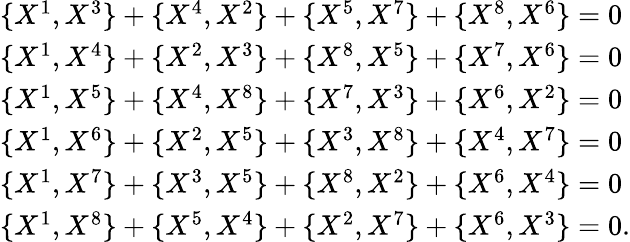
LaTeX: \begin{array}{lcr}{{\{ X^{1},X^{3}\} +\{ X^{4},X^{2}\} +\{ X^{5},X^{7}\} +\{ X^{8},X^{6}\} =0}}\\ {{\{ X^{1},X^{4}\} +\{ X^{2},X^{3}\} +\{ X^{8},X^{5}\} +\{ X^{7},X^{6}\} =0}}\\ {{\{ X^{1},X^{5}\} +\{ X^{4},X^{8}\} +\{ X^{7},X^{3}\} +\{ X^{6},X^{2}\} =0}}\\ {{\{ X^{1},X^{6}\} +\{ X^{2},X^{5}\} +\{ X^{3},X^{8}\} +\{ X^{4},X^{7}\} =0}}\\ {{\{ X^{1},X^{7}\} +\{ X^{3},X^{5}\} +\{ X^{8},X^{2}\} +\{ X^{6},X^{4}\} =0}}\\ {{\{ X^{1},X^{8}\} +\{ X^{5},X^{4}\} +\{ X^{2},X^{7}\} +\{ X^{6},X^{3}\} =0.}}\end{array}